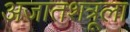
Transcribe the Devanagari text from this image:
अजातशत्रूला